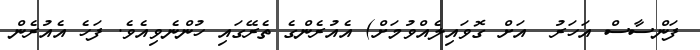
ފަންސާސް އަހަރު  އަށް ގޮވައިލެއްވުމަށް) އެއުރެންގެ ތެރޭގައި ހުންނެވިއެވެ. ފަހެ އެއުރެން